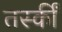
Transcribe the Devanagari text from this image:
तस्कीं